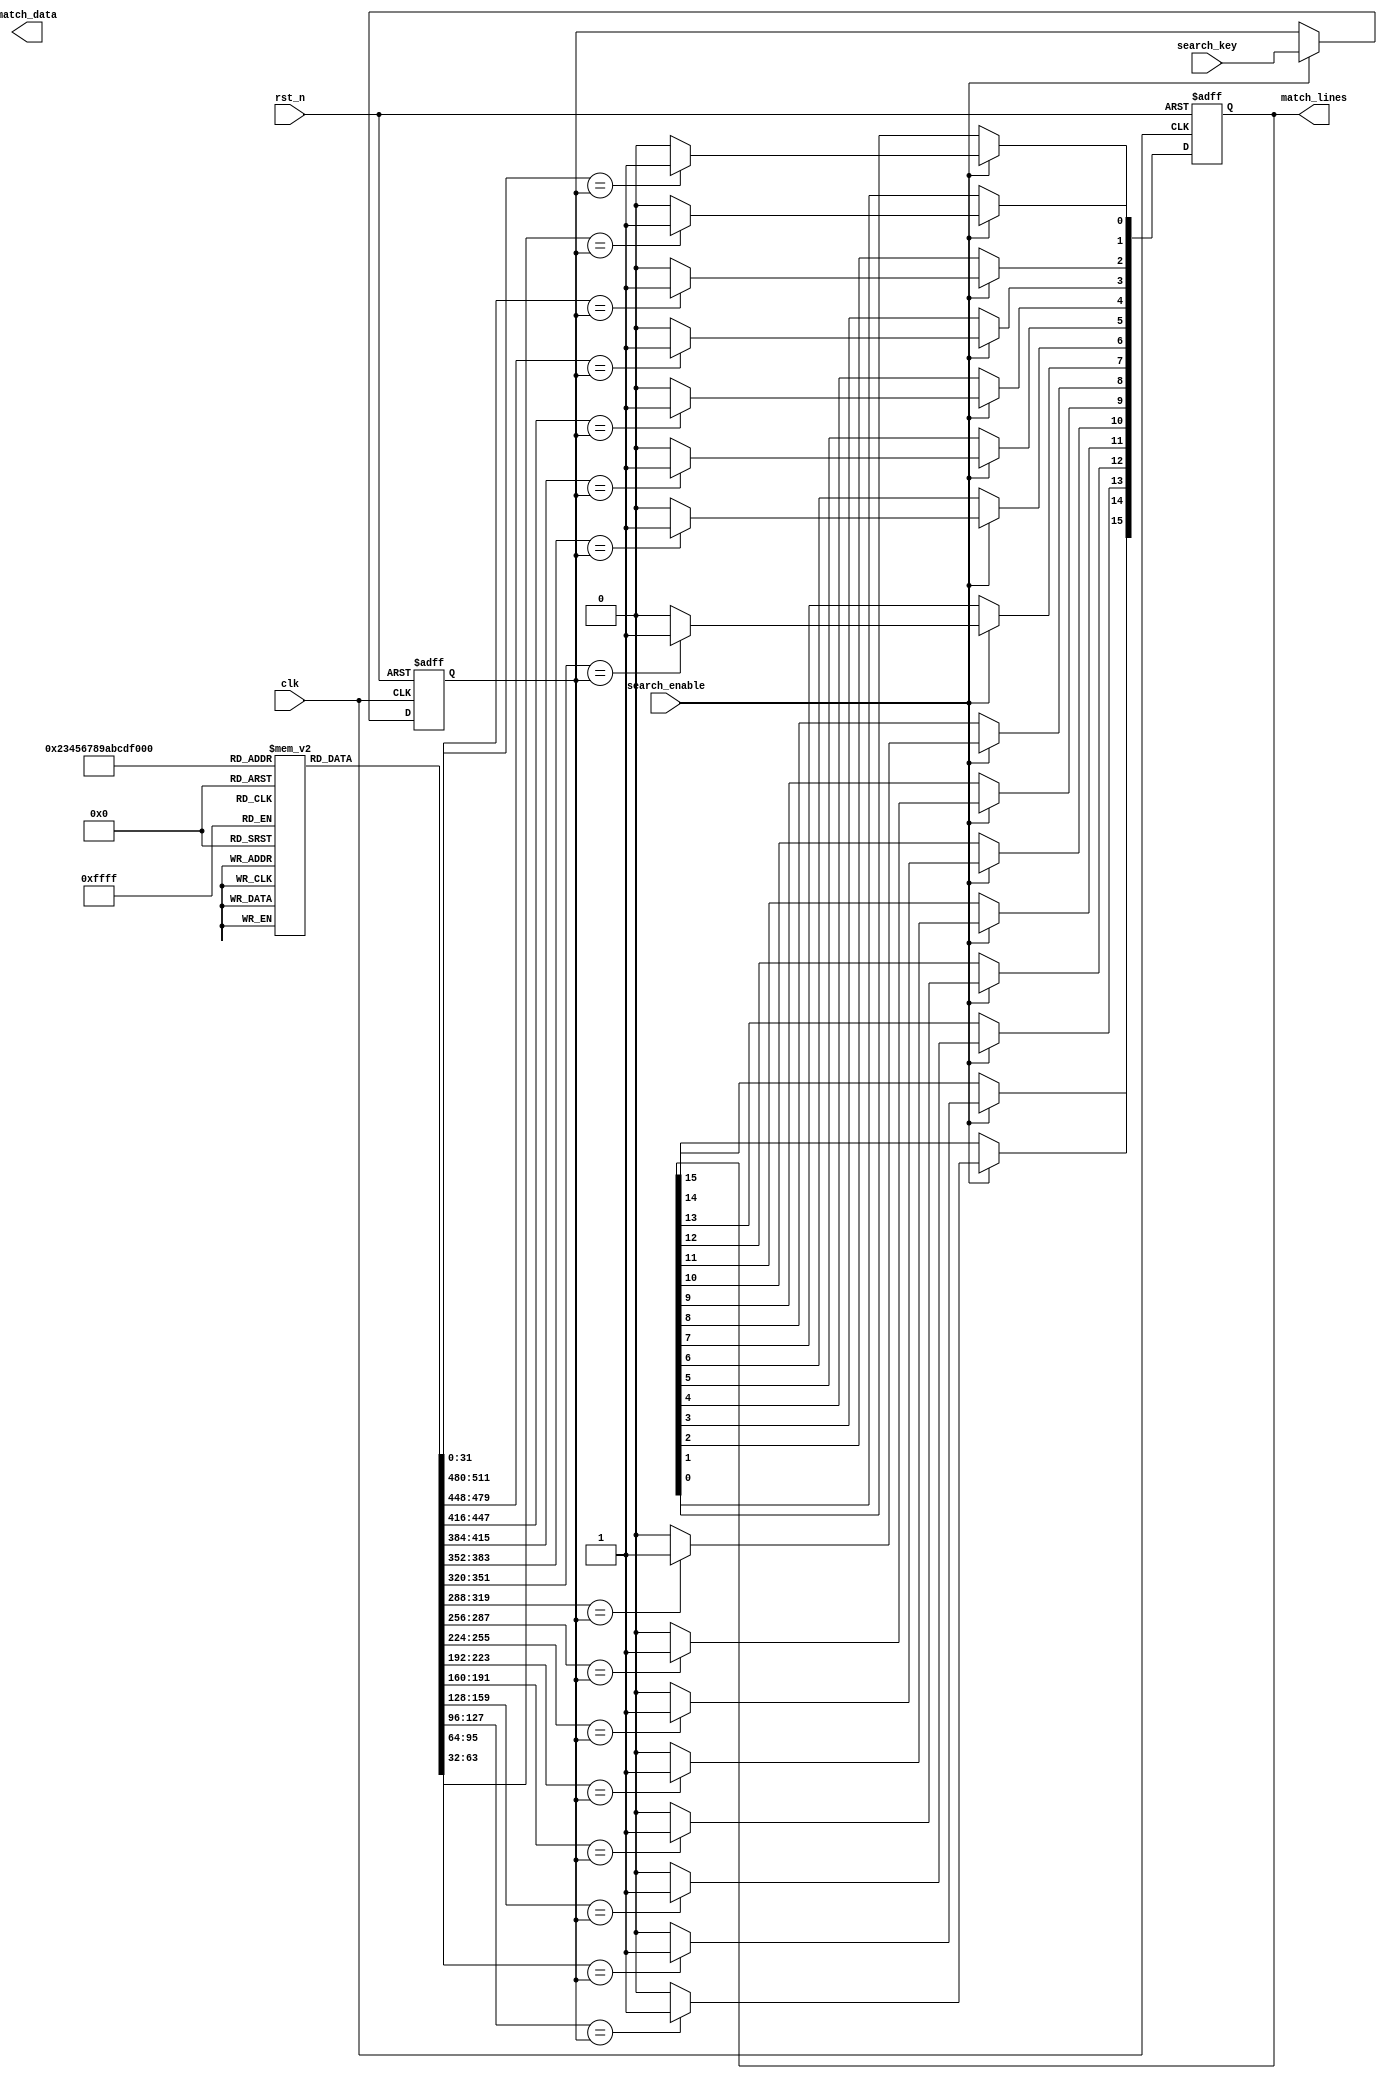
module BufferedCAM #(
    parameter DATA_WIDTH = 32, // Width of the data stored in CAM
    parameter CAM_DEPTH = 16    // Number of entries in the CAM
)(
    input wire clk,
    input wire rst_n,
    input wire [DATA_WIDTH-1:0] search_key,
    input wire search_enable,
    output reg [CAM_DEPTH-1:0] match_lines,
    output reg [CAM_DEPTH-1:0] match_data // Assuming additional data associated with matches
);

// CAM memory array
reg [DATA_WIDTH-1:0] cam_array [0:CAM_DEPTH-1];

// Input buffer
reg [DATA_WIDTH-1:0] input_buffer;

// Output buffer
reg [DATA_WIDTH-1:0] output_buffer [0:CAM_DEPTH-1];

// Match signals
integer i;
always @(posedge clk or negedge rst_n) begin
    if (!rst_n) begin
        match_lines <= 0;
        input_buffer <= 0;
        for (i = 0; i < CAM_DEPTH; i = i + 1) begin
            output_buffer[i] <= 0;
        end
    end else if (search_enable) begin
        // Buffer the input search key
        input_buffer <= search_key;
        // Reset match lines
        match_lines <= 0;
        
        // Search logic
        for (i = 0; i < CAM_DEPTH; i = i + 1) begin
            if (cam_array[i] == input_buffer) begin
                match_lines[i] <= 1; // Set match line if matched
                output_buffer[i] <= cam_array[i];
            end else begin
                match_lines[i] <= 0; // Clear match line if not matched
            end
        end
    end
end

// Optionally, implement a priority encoder to select one match if needed
reg [4:0] selected_match; // Assuming 5 bits for 16 depth
always @(*) begin
    selected_match = 5'b0; // Default to no match
    for (i = 0; i < CAM_DEPTH; i = i + 1) begin
        if (match_lines[i]) begin
            selected_match = i; // This could be refined based on priority logic
        end
    end
end

endmodule